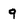
Character: 9